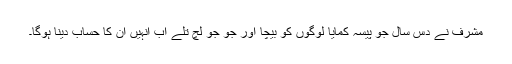
مشرف نے دس سال جو پیسہ کمایا لوگوں کو بیچا اور جو جو لُچ تلے اب انہیں ان کا حساب دینا ہوگا۔